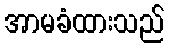
အာမခံထားသည်